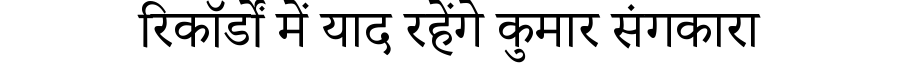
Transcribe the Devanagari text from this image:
रिकॉर्डों में याद रहेंगे कुमार संगकारा